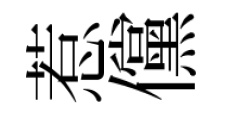
惹儻